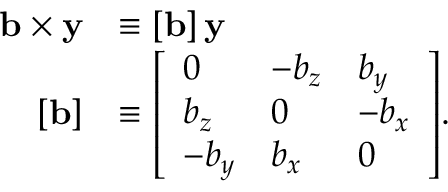
{ \begin{array} { r l } { \mathbf { b } \times \mathbf { y } } & { \equiv \left[ \mathbf { b } \right] \mathbf { y } } \\ { \left[ \mathbf { b } \right] } & { \equiv { \left[ \begin{array} { l l l } { 0 } & { - b _ { z } } & { b _ { y } } \\ { b _ { z } } & { 0 } & { - b _ { x } } \\ { - b _ { y } } & { b _ { x } } & { 0 } \end{array} \right] } . } \end{array} }